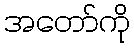
အတော်ကို